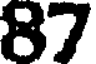
87